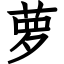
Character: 萝